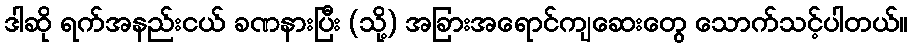
ဒါဆို ရက်အနည်းငယ် ခဏနားပြီး (သို့) အခြားအရောင်ကျဆေးတွေ သောက်သင့်ပါတယ်။